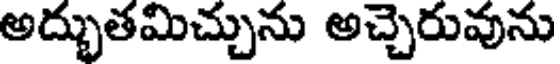
అద్భుతమిచ్చును అచ్చెరువును